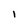
Character: 1